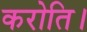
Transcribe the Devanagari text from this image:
करोति।